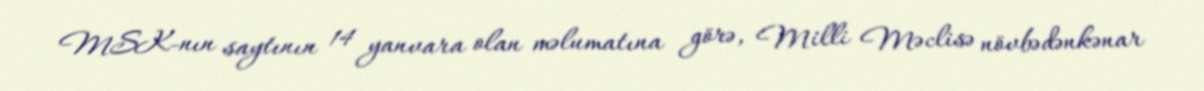
MSK-nın saytının 14 yanvara olan məlumatına görə, Milli Məclisə növbədənkənar